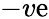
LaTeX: -v\mathrm{e}